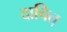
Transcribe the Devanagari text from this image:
दाचित्